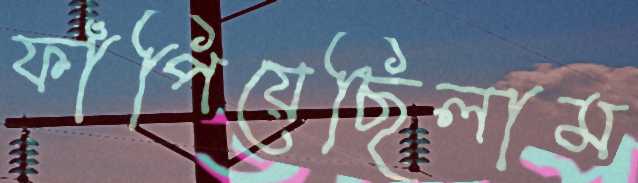
ফাঁপিয়েছিলাম